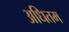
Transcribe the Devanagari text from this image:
अधितम